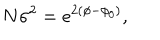
N \sigma ^ { 2 } = e ^ { 2 ( \phi - \phi _ { 0 } ) } ,